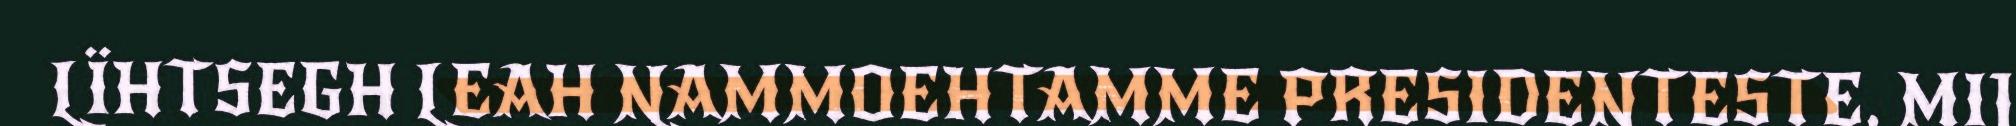
LÏHTSEGH LEAH NAMMOEHTAMME PRESIDENTESTE, MIJ